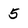
Character: 5